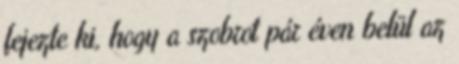
fejezte ki, hogy a szobrot pár éven belül az